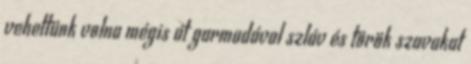
vehettünk volna mégis át garmadával szláv és török szavakat